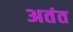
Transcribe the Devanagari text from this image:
अतंत